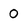
Character: 0